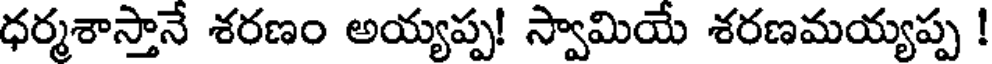
ధర్మశాస్తానే శరణం అయ్యప్ప! స్వామియే శరణమయ్యప్ప !